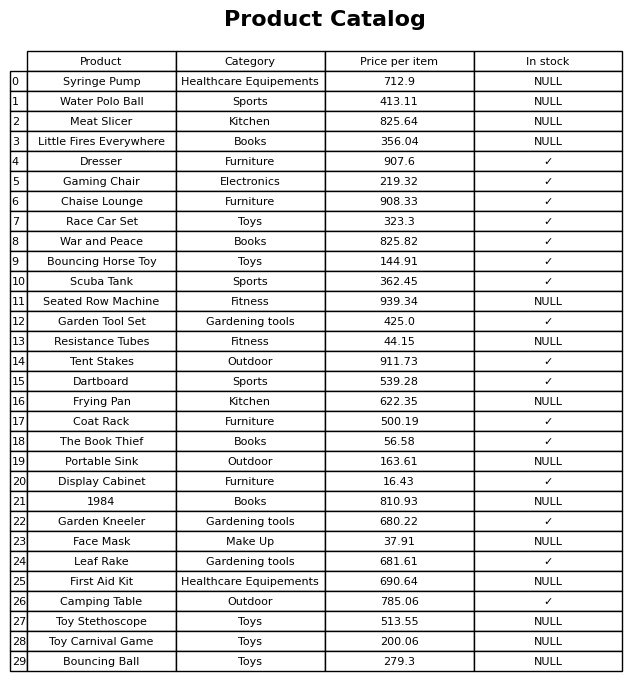
question: What is the price of the Display Cabinet?
answer: The price of Display Cabinet is 16.43.